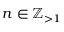
n \in \mathbb { Z } _ { > 1 }